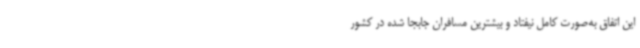
این اتفاق به‌صورت کامل نیفتاد و بیشترین مسافران جابجا شده در کشور